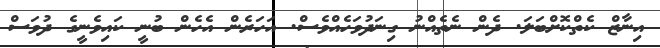
އިނާޒް ކެތްކޮށްބަލަ. ދެން ނެތެއްނު ގިނަދުވަހެއްވެސް. އަހަރެން އެހެން ބުނީ ކައިވެނީގެ ދުވަސް